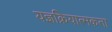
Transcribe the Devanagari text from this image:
यज्ञक्रियात्मकता